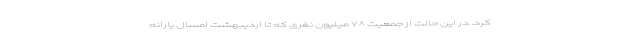
کرد. در این حالت از جمعیت ۷۸ میلیون نفری که تا اردیبهشت امسال یارانه